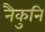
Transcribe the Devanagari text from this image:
नैकुनि